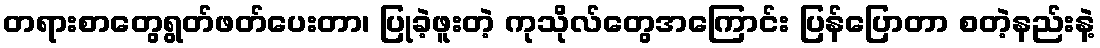
တရားစာတွေရွတ်ဖတ်ပေးတာ၊ ပြုခဲ့ဖူးတဲ့ ကုသိုလ်တွေအကြောင်း ပြန်ပြောတာ စတဲ့နည်းနဲ့